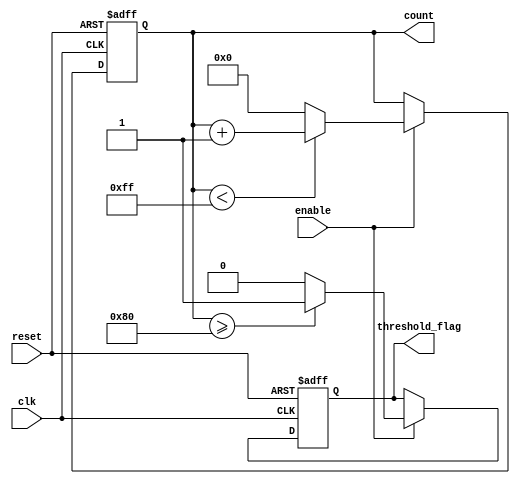
module ParameterFocusedInitialization #(
    parameter INITIAL_VALUE = 8'd0,  // Default initial value
    parameter MAX_COUNT = 8'd255,     // Maximum count value
    parameter THRESHOLD = 8'd128       // Threshold value for behavior
)(
    input wire clk,                   // System clock
    input wire reset,                 // Asynchronous reset
    input wire enable,                // Enable signal for counting
    output reg [7:0] count,           // Count output
    output reg threshold_flag         // Threshold flag output
);

    // Internal state declaration
    reg [7:0] internal_state;

    // Initialization block
    always @(posedge clk or posedge reset) begin
        if (reset) begin
            // Resetting internal state based on parameters
            internal_state <= INITIAL_VALUE;
            count <= INITIAL_VALUE;
            threshold_flag <= 1'b0;   // Clear threshold flag
        end else if (enable) begin
            // Counting logic
            if (count < MAX_COUNT) begin
                count <= count + 1'b1;
            end else begin
                count <= INITIAL_VALUE; // Reset count after reaching max
            end
            
            // Check against threshold
            if (count >= THRESHOLD) begin
                threshold_flag <= 1'b1;  // Set flag if count exceeds threshold
            end else begin
                threshold_flag <= 1'b0;  // Clear flag otherwise
            end
        end
    end

    // Behavioral logic can be extended here for additional functionality
    always @(posedge clk) begin
        // Additional behavioral logic can utilize internal_state and parameters
        if (internal_state < THRESHOLD) begin
            // Example behavior: increment internal_state
            internal_state <= internal_state + 1'b1;
        end
    end

    // Documentation for parameters
    // INITIAL_VALUE: Initial value for count and internal_state (default is 0)
    // MAX_COUNT: Maximum value count can reach before resetting (default is 255)
    // THRESHOLD: Value at which threshold_flag is set (default is 128)

endmodule